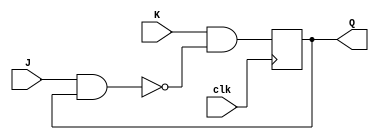
module jk_ff (
    input J, K, clk,
    output reg Q
);

// Master stage
wire Qm;
assign Qm = J & Q;
wire Qn;
assign Qn = K & ~Qm;

// Slave stage
always @(posedge clk) begin
    Q <= Qn;
end

endmodule